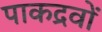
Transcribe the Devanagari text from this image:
पाकद्रवों